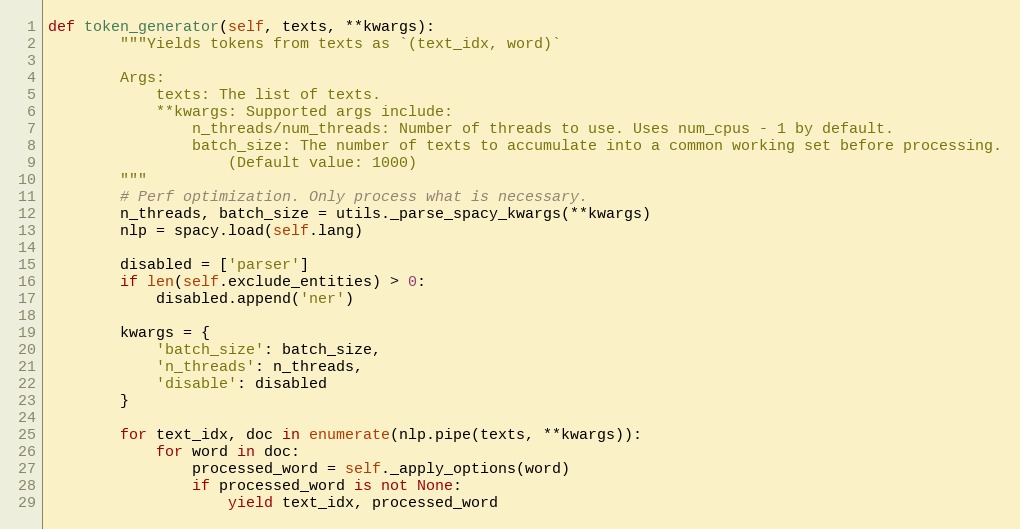
Language: Python
def token_generator(self, texts, **kwargs):
        """Yields tokens from texts as `(text_idx, word)`

        Args:
            texts: The list of texts.
            **kwargs: Supported args include:
                n_threads/num_threads: Number of threads to use. Uses num_cpus - 1 by default.
                batch_size: The number of texts to accumulate into a common working set before processing.
                    (Default value: 1000)
        """
        # Perf optimization. Only process what is necessary.
        n_threads, batch_size = utils._parse_spacy_kwargs(**kwargs)
        nlp = spacy.load(self.lang)

        disabled = ['parser']
        if len(self.exclude_entities) > 0:
            disabled.append('ner')

        kwargs = {
            'batch_size': batch_size,
            'n_threads': n_threads,
            'disable': disabled
        }

        for text_idx, doc in enumerate(nlp.pipe(texts, **kwargs)):
            for word in doc:
                processed_word = self._apply_options(word)
                if processed_word is not None:
                    yield text_idx, processed_word